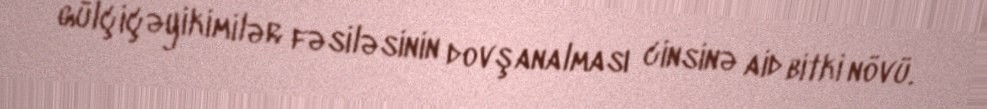
gülçiçəyikimilər fəsiləsinin dovşanalması cinsinə aid bitki növü.